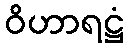
ဝိဟာရဋ္ဌံ